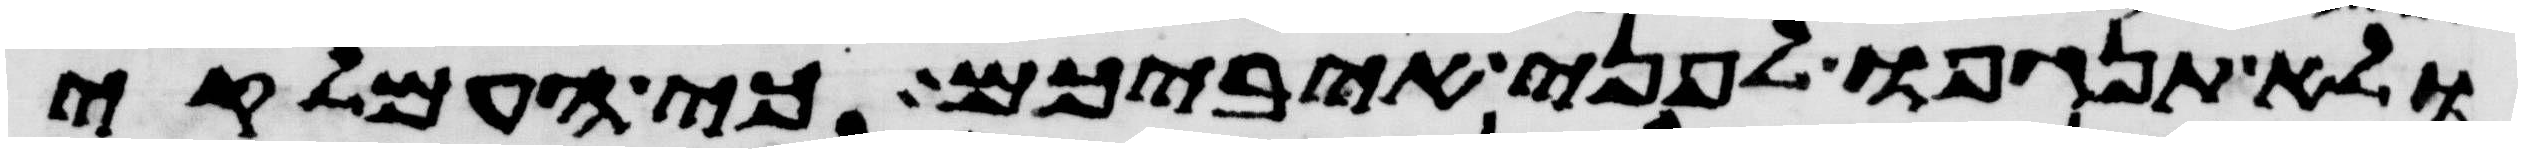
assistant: ולא תנגפו לפני איביכם כי העמלקי